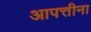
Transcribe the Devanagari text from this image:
आपत्तीना